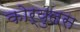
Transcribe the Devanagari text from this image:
कोर्युलस